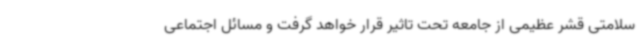
سلامتی قشر عظیمی از جامعه تحت تاثیر قرار خواهد گرفت و مسائل اجتماعی